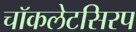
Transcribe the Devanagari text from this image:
चॉकलेटसिरप